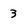
Character: 3